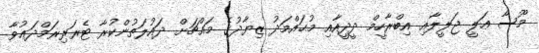
މޫސާ ޢަލީ ޖަލީލާއި އިބްރާހީމް ދީދީއާއި މުޙައްމަދު ޒިޔާދުގެ މައްޗަށް ދައުލަތުންކުރާ ޓެރަރިޜަމްދަޢުވާ